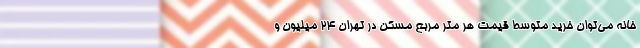
خانه می‌توان خرید متوسط قیمت هر متر مربع مسکن در تهران ۲۴ میلیون و